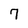
Character: 7